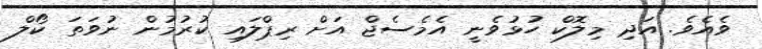
ވެއެވެ. އަދި މިލޮކް ހުޅުވެނީ އެމެސެޖް އަށް ރިޕްލައި ކުރުމުން ނުވަތަ ކޯލް